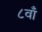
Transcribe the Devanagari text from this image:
८वाँ